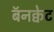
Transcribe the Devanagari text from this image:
बॅनक्वेट